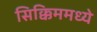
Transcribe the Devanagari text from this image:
सिक्किममध्ये